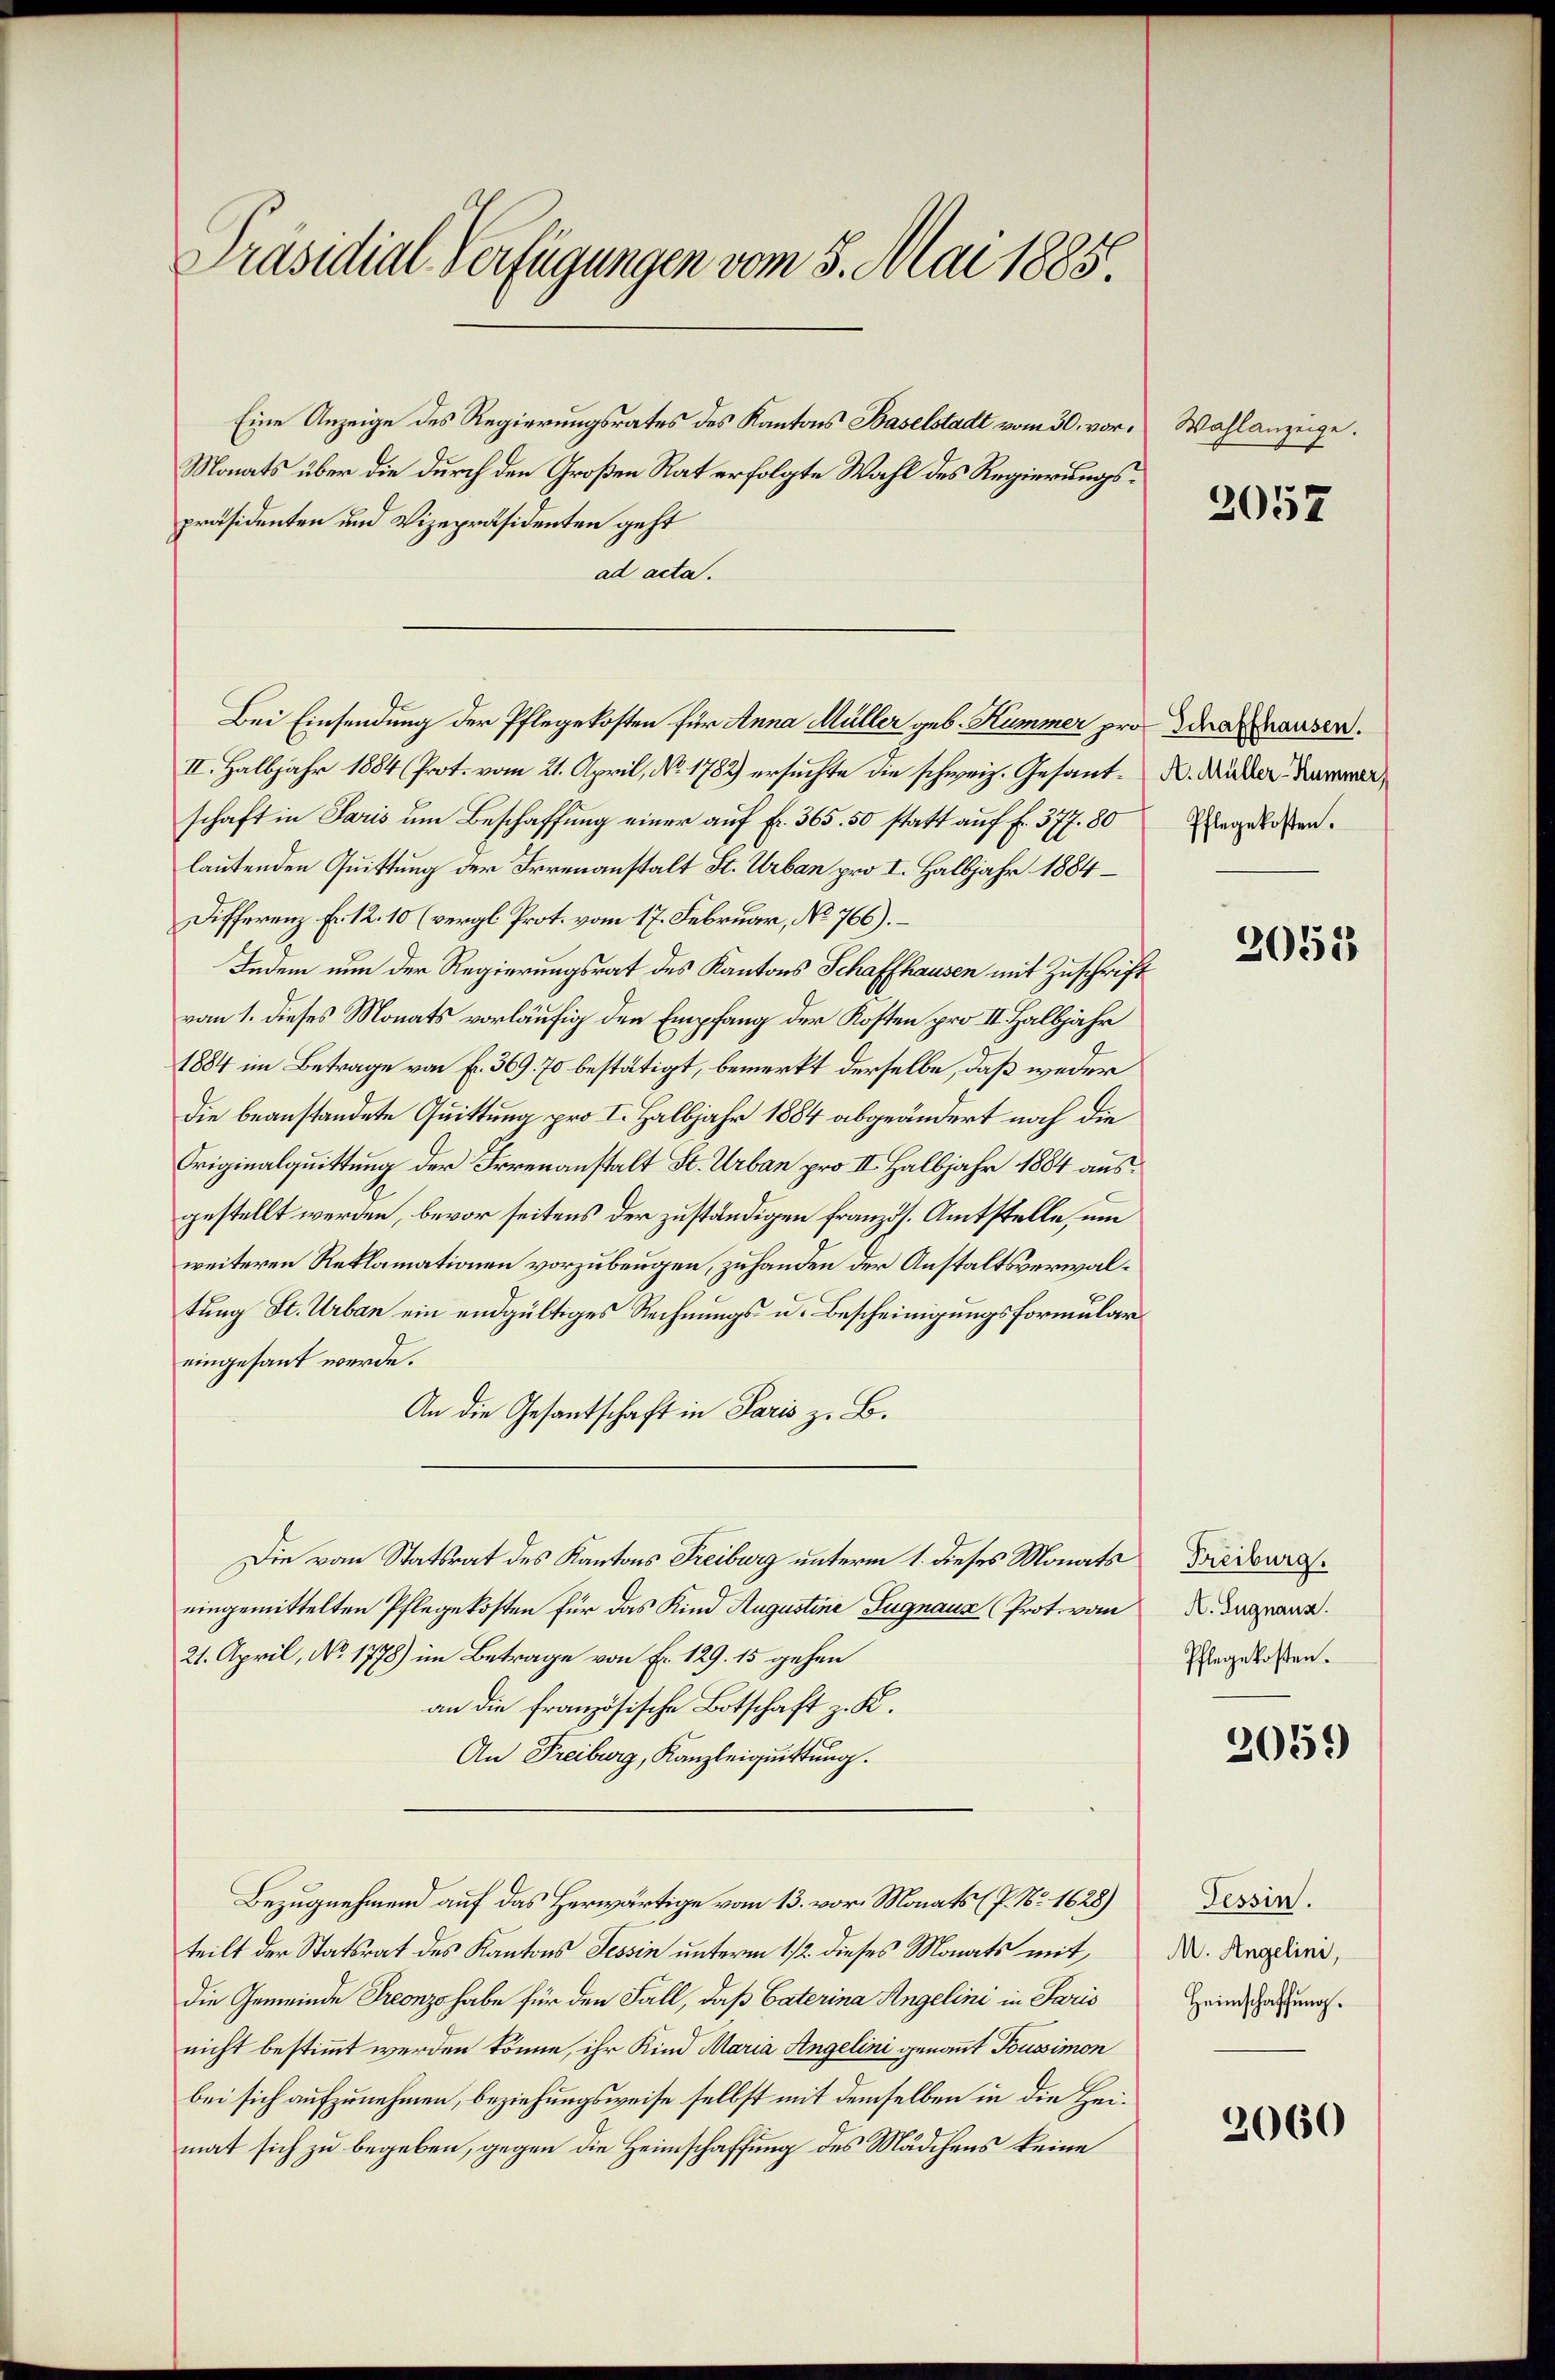
Präsidial-Verfügungen vom 5. Mai 1885.

Eine Anzeige des Regierungsrates des Kantons Baselstadt vom 30. vor¬
Monats über die durch den Großen Rat erfolgte Wahl des Regierungspräsidenten und Vizepräsidenten geht
ad acta.

II. Halbjahr 1884 (Prot. vom 21. April, No. 1782) ersuchte die schweiz. Gesant- X. Müder Kammer,
schaft in Paris um Beschaffung einer auf Fr. 365. 50 statt auf f. 377. 80
lautenden Quittung der Irrenanstalt St. Urban pro I. Halbjahr 1884
Differenz Fr. 12. 10 (vergl. Prot. vom 17. Februar, No 766). –
Indem nun der Regierungsrat des Kantons Schaffhausen mit Zuschrift
vom 1. dieses Monats vorläufig den Empfang der Kosten pro II. Halbjahr
1884 im Betrage von fr. 369. 70 bestätigt, bemerkt derselbe, daß weder
Die beanstandete Quittung pro I. Halbjahr 1884 abgeändert noch die
Triginalquittung der Irrenanstalt St. Urban pro II. Halbjahr 1884 ausgestellt werden, bevor seitens der zuständigen französ. Amtstelle, um
weiteren Reklamationen vorzubeugen, zuhanden der Anstaltsverwaltung St. Urban ein endgültiges Rechnungs- u. Bescheinigungsformulareingesant werde.
An die Gesantschaft in Paris z. B.
Die vom Statsrat des Kantons Freiburg unterm 1. dieses Monats
eingemittelten Pflegekosten für das Kind Augustine Zugnaus (Prot. vom
21. April, No 1778) im Betrage von Fr. 129. 15 gehen
an die französische Botschaft z. K.
An Freiburg, Kanzleiquittung.
Bezugnehmend auf das Herwärtige vom 13. vor. Monats (P. Nr. 1628)
teilt der Statsrat des Kantons Tessin unterm 11/2. dieses Monats mit
die Gemeinde Treonz habe für den Fall, daß Caterina Angelini in Paris
nicht bestimmt werden könne, ihr Kind Maria Angelini genannt Poussimon
bei sich aufzunehmen, beziehungsweise selbst mit demselben in die Heimat sich zu begeben, gegen die Heimschaffung des Mädchens keine

Bei Einsendung der Pflegekosten für Anna Müller geb. Kummer pro das hausen.

Wahlanzeige.

Pflegekosten.

2057

2052

Treiburg.
A. Eugnaus.
Pflegekosten.

2051)

Tessin.
M. Angelini,
Heimschaffung.

2060